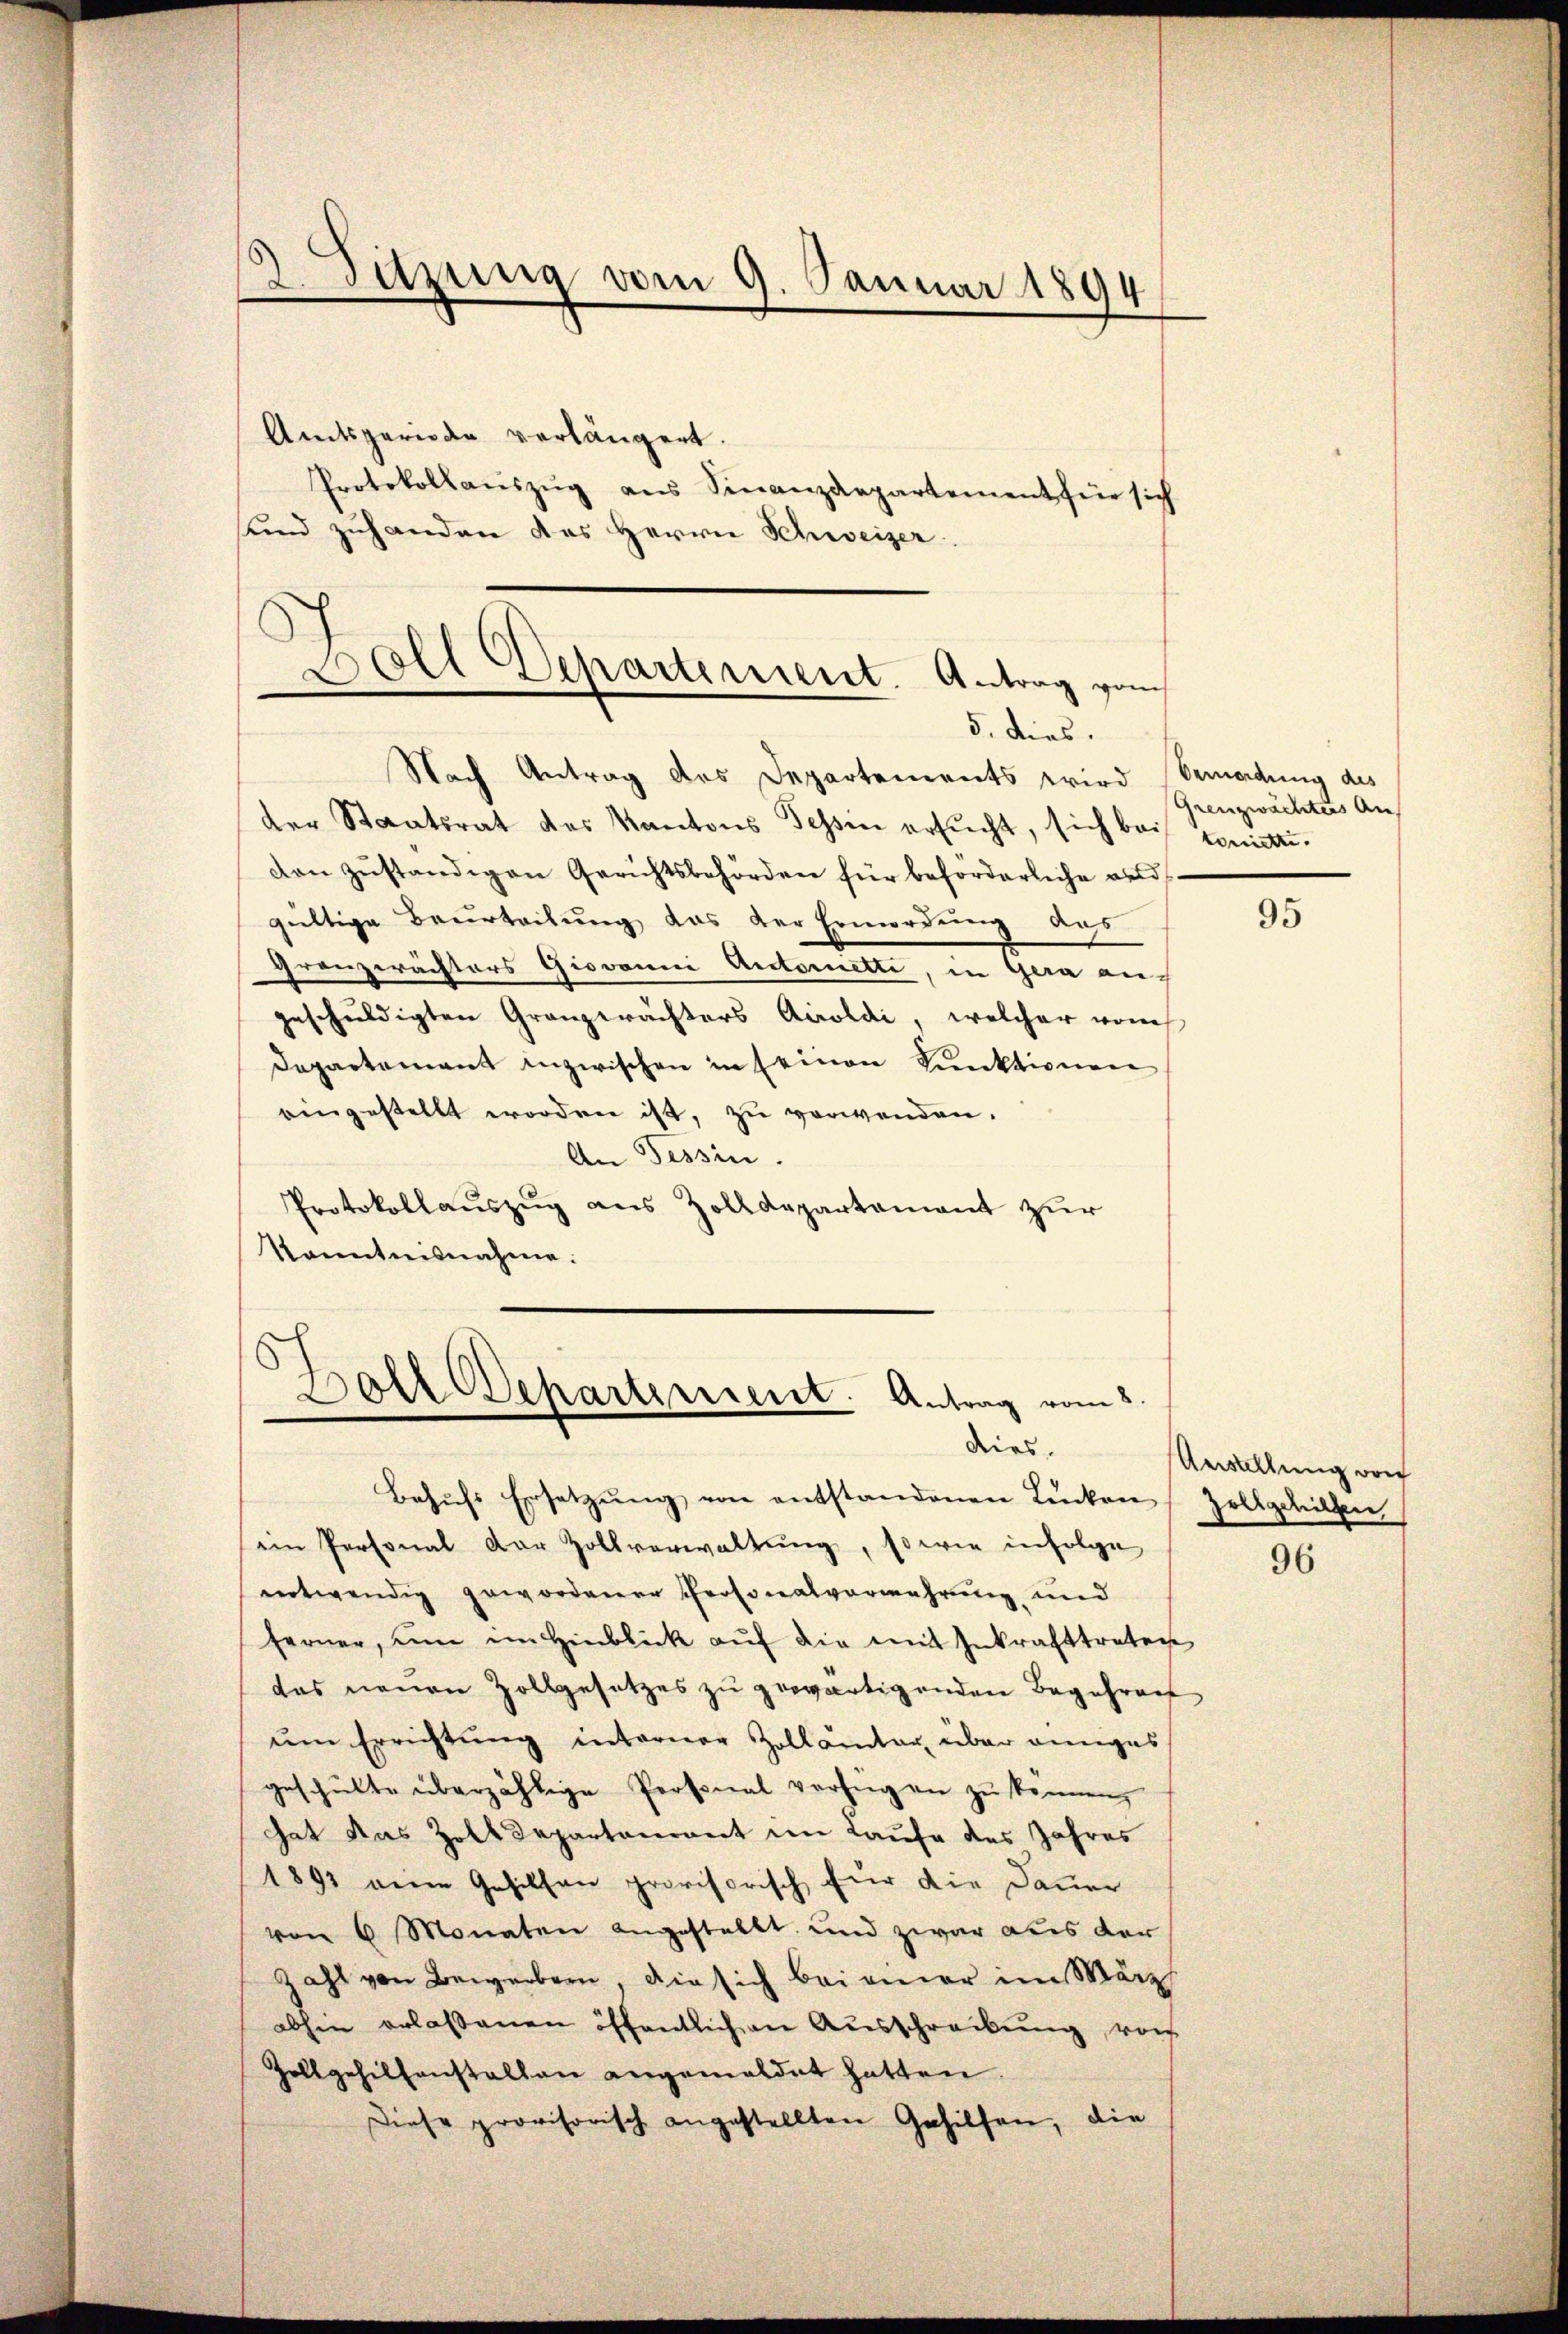
2. Satzung vom 9. Januar 1894

Amtsperiode verlängert.
Protokollaŭszŭg ans Finanzdepartement für sich
und zuhanden das Herrn Schweizer

Doll Departement. Antrag von

Boll Departement. Antrag vom 8.
dies

5. dies.
Nach Antrag des Departements wird bemedung des
der Staatsrat des Kantons Tessin ersŭcht, sich bei somittidon zŭständigen Gerichtsbehörden für beförderliche and
gültige Beurteilung das der Ermordung das
Gränzerächters Giovanni Autoretti, in Gera auf
geschuldigten Gränzerächters Airoldi, welcher von
Departement inzwischen in seinen Kunktionen
eingestellt worden ist, zu verwenden.
An Tessin.
Protokollauszug aus Zolldepartement zur
Kanntnisnahme.

Besuchs Ersetzŭng von entstandenen Lücken Zollgehilten
ei Personal der Zollverwaltung, so wie infolge
entwendig gewordener Personalvermehrung und
ferner, um im Hinblick aŭf die mit Inkrafttreten
das neuen Zollgesetzes zu gewärtigenden Begehren
ŭm Errichtung interner Zollämter über einges
geschulte überzählige Personal verfügen zu können,
hat das Zolldepartenant im Laufe des Jahres
1891 eine Gesichen provisorisch für die Dauer
von 6 Monaten angestellt und zwar aus der
Zahl von Bewerbern die sich bei ammer im März
abhin erlaßenen öffentlichen Ausschreibung, von
Zollgehilfenstallen angemeldet hatten.
Diese provisorisch angestellten Gehilfen, die

Grenzwächters An

95

Anstellung von

96